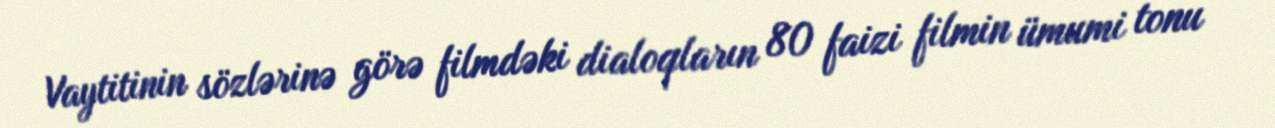
Vaytitinin sözlərinə görə filmdəki dialoqların 80 faizi filmin ümumi tonu